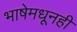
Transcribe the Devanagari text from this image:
भाषेमधूनही